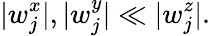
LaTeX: |w_{j}^{x}|,|w_{j}^{y}|\ll|w_{j}^{z}|.